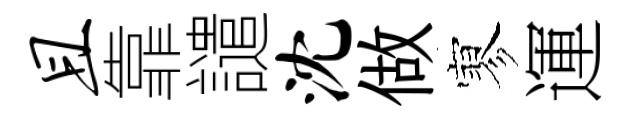
且靠譴沈做寥運